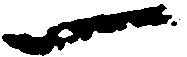
一